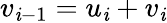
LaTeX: v_{\mathit{i}-1}=u_{\mathit{i}}+v_{\mathit{i}}